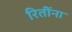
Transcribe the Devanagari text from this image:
रितींना